system: You are a helpful assistant.
user:
Analyze the provided spectrum to determine if it is a **Carbon Star (C-type)**.

- **Key Visual Indicators of Carbon Star:**
    - **(Primary):** Strong molecular absorption from **C₂ (diatomic carbon) "Swan Bands."** This is the **defining feature** of a carbon star.
        - **(Key Bandheads):** Sharp absorption edges are visible at approximately $5635$ Å, $5165$ Å (the strongest band), and $4737$ Å.
        - **(Line Profile):** Creates a distinct **"saw-tooth"** pattern. The key morphology is a sharp, steep bandhead on the **red (long-wavelength) side**, which then gradually tapers off (i.e., flux recovers) towards the **blue (short-wavelength) side**. *(This is the direct opposite of the TiO bands seen in M-type stars)*.

    - **(Secondary):** Intense **CN (cyanogen)** molecular absorption bands.
        - **(Key Bandheads):** Located in the blue and violet regions of the spectrum (e.g., near $4215$ Å and $3883$ Å).
        - **(Morphology):** These bands are extremely broad and act as a "blanket," absorbing the vast majority of blue and violet light. This creates a characteristic **"cliff"** or **"steep drop-off"** in the spectrum's flux at short wavelengths.

    - **(Key Confirmation):** Strong **CH absorption band (G-band)**.
        - **(Key Bandhead):** Located around $4300$ Å. The contribution from CH molecules to this band is exceptionally strong.

    - **(Overall Spectrum):**
        - The continuum is severely "chopped up" by these deep molecular bands, especially C₂, rather than appearing as a smooth curve.
        - Due to the heavy CN and C₂ absorption in the blue-green, the vast majority of the star's flux is concentrated in the red part of the spectrum, giving the star its characteristic deep red color.

Think first, call **spectral_visualization_tool** if needed to examine features in detail, then provide your final answer. Your response must adhere to the following strict rules:
1.  **Overall Structure:** Your response must follow the format `<think>...</think> <tool_call>...</tool_call> (if a tool is used) <answer>...</answer>`.
2.  **Tool Usage Constraint:** You may only make **one** tool call per turn.
3.  **Final Answer Format:** In the `<answer>` tag, your conclusion must be inside a `\boxed{}` command (e.g., `\boxed{YES}`), followed by your justification.

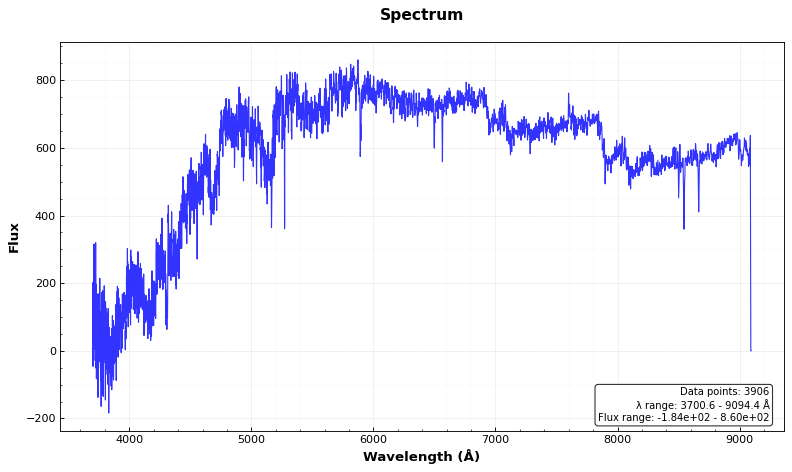
Answer: YES